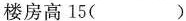
楼房高15( )